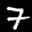
Label: 7